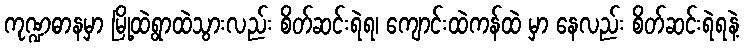
ကုဏ္ဍဓာနမှာ မြို့ထဲရွာထဲသွားလည်း စိတ်ဆင်းရဲရ၊ ကျောင်းထဲကန်ထဲ မှာ နေလည်း စိတ်ဆင်းရဲရနဲ့